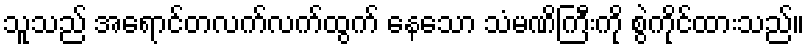
သူသည် အရောင်တလက်လက်ထွက် နေသော သံမဏိကြီးကို စွဲကိုင်ထားသည်။